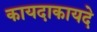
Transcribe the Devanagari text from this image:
कायदाकायदे